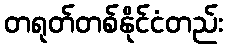
တရုတ်တစ်နိုင်ငံတည်း